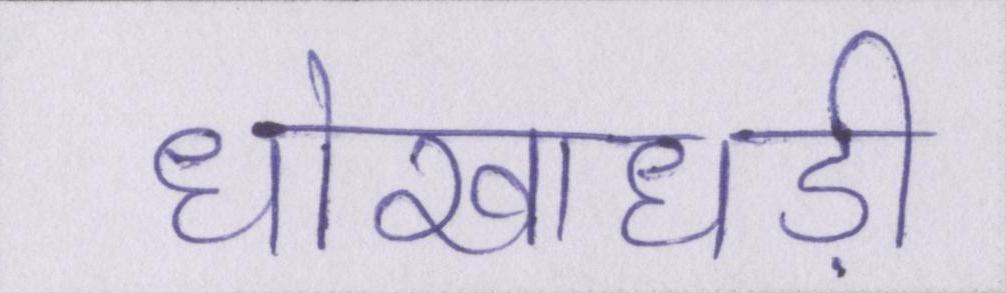
धोखाधड़ी